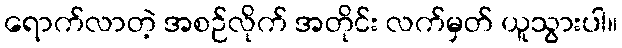
ရောက်လာတဲ့ အစဉ်လိုက် အတိုင်း လက်မှတ် ယူသွားပါ။